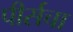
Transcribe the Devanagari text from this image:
पीर्सचा